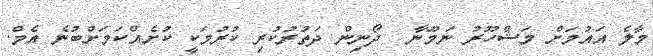
މާލެ އައުމަށް މަޝްހޫރު ނަމޫނާ  ދޯނިން ދަތުރުކުރި ކުރުމަކީ ކުށެއްކަމަށްބުނެ އެމް.